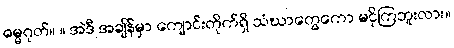
ဓမ္မဂုတ်။ ။ အဲဒီ အချိန်မှာ ကျောင်းတိုက်ရှိ သံဃာတွေကော မငိုကြဘူးလား။